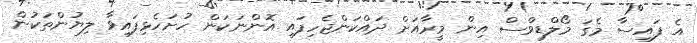
އެ ފައިސާ މެގަ މޯލްޑިވްސް އިން މީރާއަށް ދައްކަންޖެހިފައި އޮންނަކަން ހުށަހެޅިފައިވާ ލިޔުންތަކުން